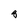
Character: 8